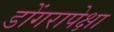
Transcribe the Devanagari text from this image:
डोंगरापेक्षा